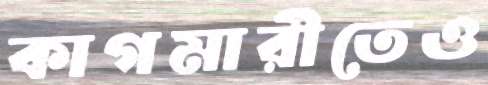
কাগমারীতেও